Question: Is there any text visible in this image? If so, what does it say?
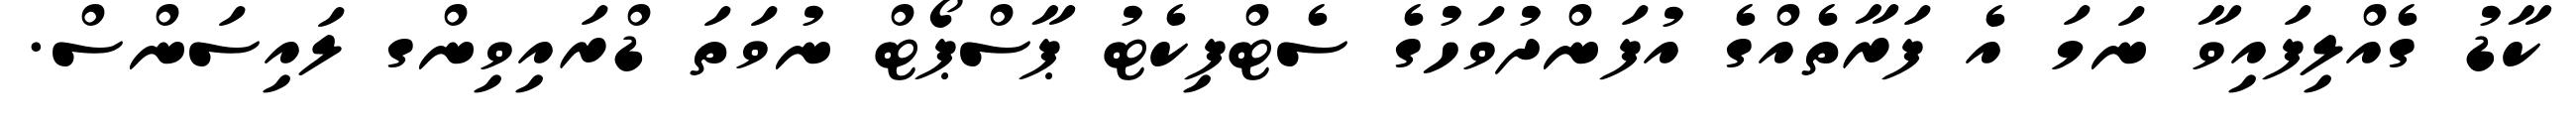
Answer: ކާޑު ގެއްލިފައިވާ ނަމަ އެ ފަރާތެއްގެ އުފަންދުވަހުގެ ސެޓްފިކެޓު ޕާސްޕޯޓް ނުވަތަ ޑްރައިވިންގ ލައިސަންސް.